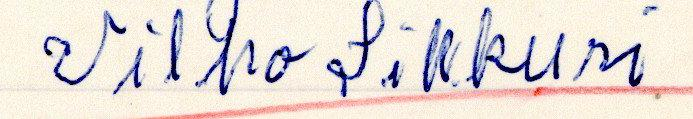
Vilho Sikkuri